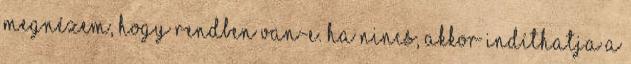
megnézem, hogy rendben van-e. Ha nincs, akkor indíthatja a